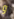
و